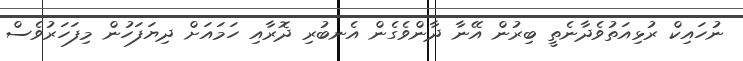
ނުހައިކް ރުޅިއަތުވެދާނެތީ ބިރުން އޭނާ ދާންވެގެން އެނބުރި ދޮރާއި ހަމައަށް ދިޔަފަހުން މިފަހަރުވެސް